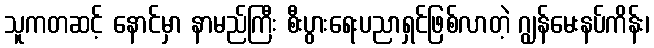
သူကတဆင့် နောင်မှာ နာမည်ကြီး စီးပွားရေးပညာရှင်ဖြစ်လာတဲ့ ဂျွန်မေးနပ်ကိန်း၊